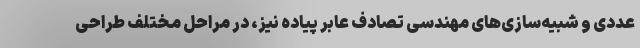
عددی و شبیه‌سازی‌های مهندسی تصادف عابر پیاده نیز، در مراحل مختلف طراحی